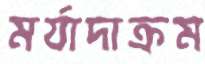
মর্যাদাক্রম